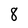
Character: 8